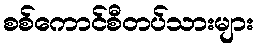
စစ်ကောင်စီတပ်သားများ